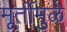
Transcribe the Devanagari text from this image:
मूर्तीमुळे